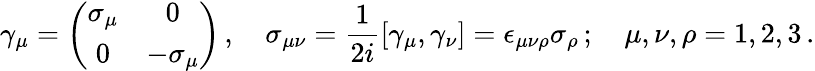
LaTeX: \gamma_{\mu}=\left(\begin{array}{cc}{{\sigma_{\mu}}}&{{0}}\\ {{0}}&{{-\sigma_{\mu}}}\end{array}\right)\, ,\quad\sigma_{\mu\nu}={\frac{1}{2i}}[\gamma_{\mu},\gamma_{\nu}]=\epsilon_{\mu\nu\rho}\sigma_{\rho}\, ;\quad\mu,\nu,\rho=1,2,3\, .